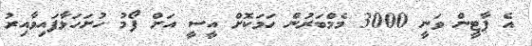
އެ ޕާޓީން ވަނީ 3000 މެމްބަރުން ހަމަކޮށް އީސީ އަށް ފޯމު ހުށަހަޅާފައިވާއިރު